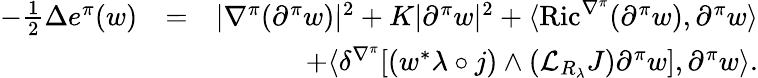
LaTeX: \begin{array}{rlr}{-\frac{1}{2}\Delta e^{\pi}(w)}&{=}&{|\nabla^{\pi}(\partial^{\pi}w)|^{2}+K|\partial^{\pi}w|^{2}+\langle\operatorname{Ric}^{\nabla^{\pi}}(\partial^{\pi}w),\partial^{\pi}w\rangle}\\ &{}&{+\langle\delta^{\nabla^{\pi}}[(w^{*}\lambda\circ j)\wedge({\mathcal L}_{R_{\lambda}}J)\partial^{\pi}w],\partial^{\pi}w\rangle.}\end{array}